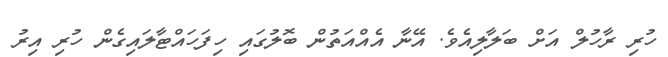
ހުރި ރާހުލް އަށް ބަލާލިއެވެ. އޭނާ އެއްއަތުން ބޮލުގައި ހިފަހައްޓާލައިގެން ހުރި އިރު